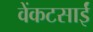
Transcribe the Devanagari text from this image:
वेंकटसाईं